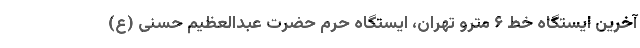
آخرین ایستگاه خط ۶ مترو تهران، ایستگاه حرم حضرت عبدالعظیم حسنی (ع)